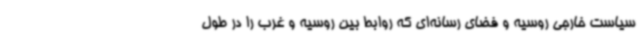
سیاست خارجی روسیه و فضای رسانه‌ای که روابط بین روسیه و غرب را در طول